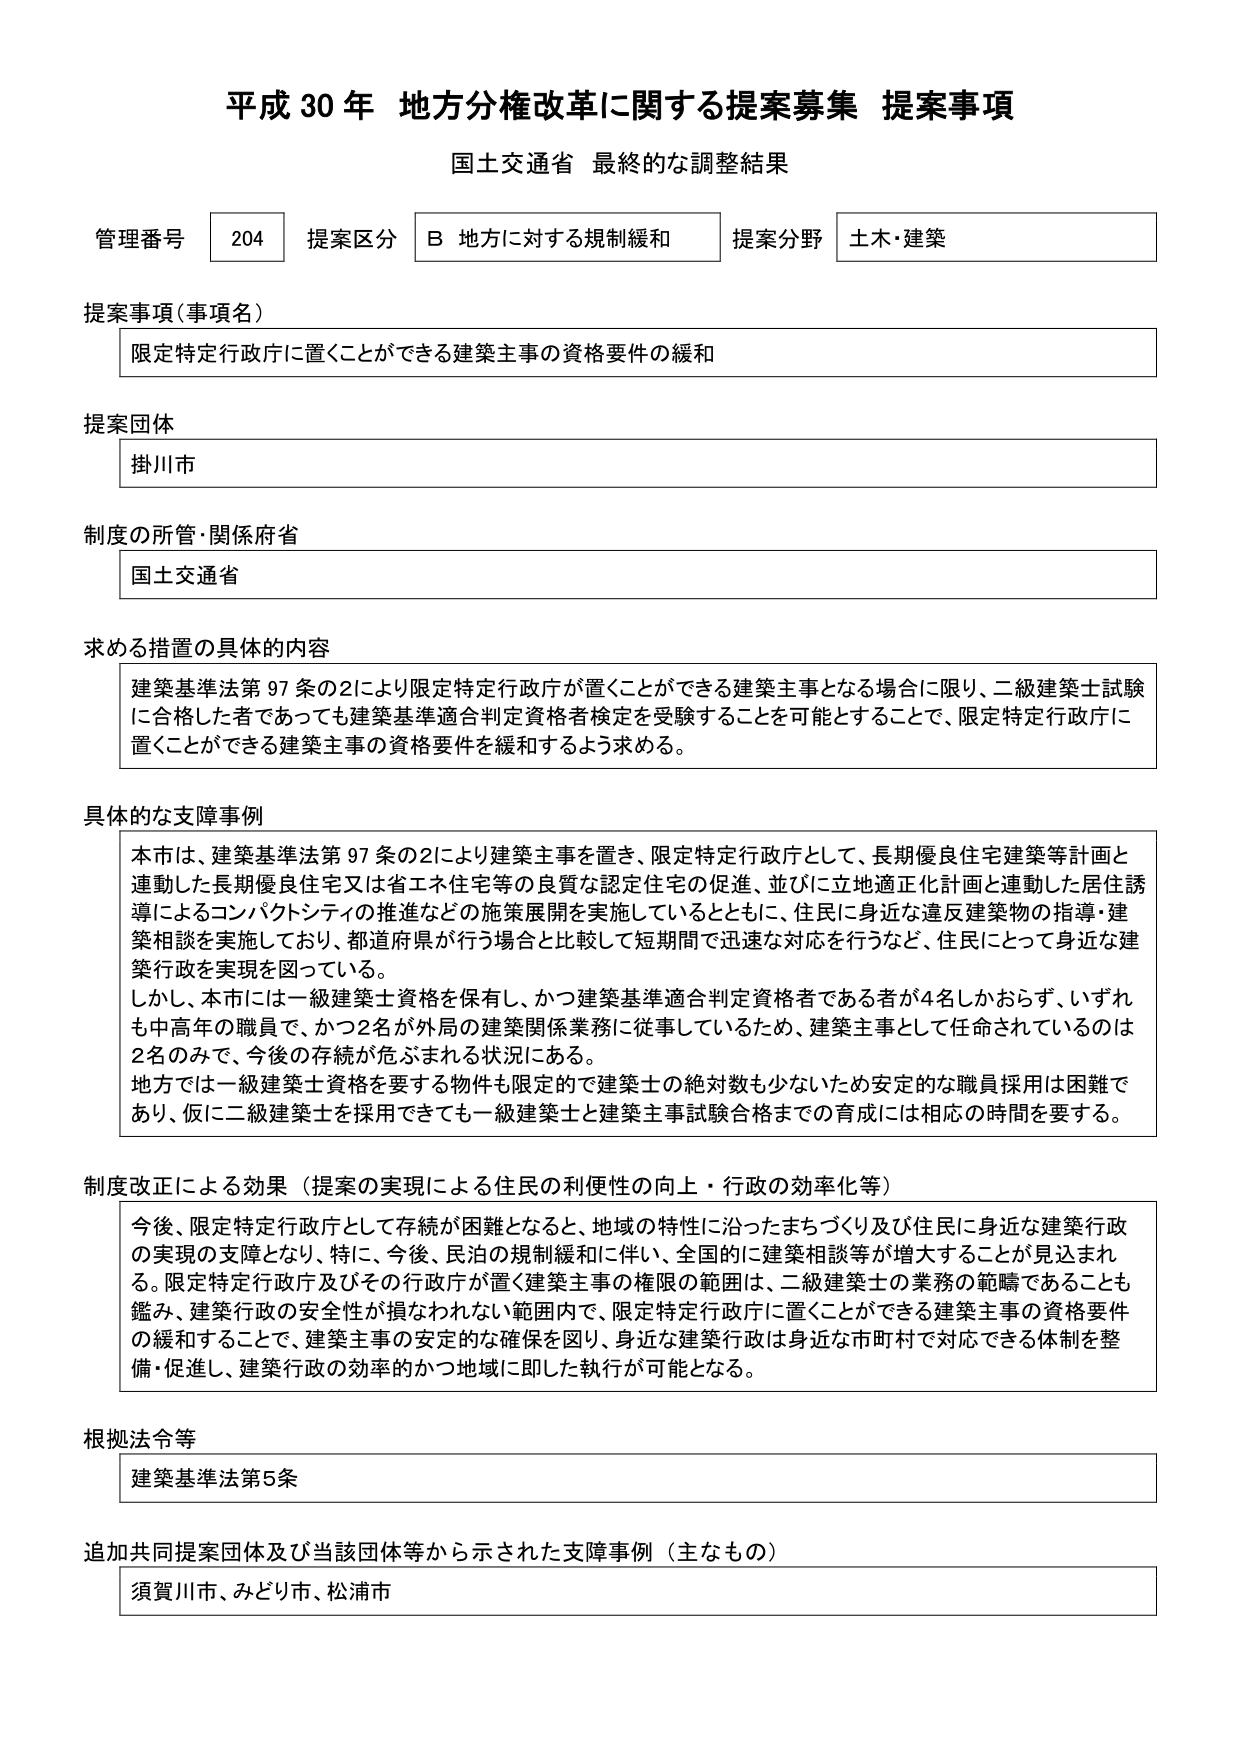
平成30年 地方分権改革に関する提案募集 提案事項
国土交通省 最終的な調整結果

管理番号 204 提案区分 B 地方に対する規制緩和 提案分野 土木・建築

提案事項（事項名）
限定特定行政庁に置くことができる建築主事の資格要件の緩和

提案団体
掛川市

制度の所管・関係府省
国土交通省

求める措置の具体的内容
建築基準法第97条の2により限定特定行政庁が置くことができる建築主事となる場合に限り、二級建築士試験に合格した者であっても建築基準適合判定資格者検定を受験することを可能とすることで、限定特定行政庁に置くことができる建築主事の資格要件を緩和するよう求める。

具体的な支障事例
本市は、建築基準法第97条の2により建築主事を置き、限定特定行政庁として、長期優良住宅建築等計画と連動した長期優良住宅又は省エネ住宅等の良質な認定住宅の促進、並びに立地適正化計画と連動した居住誘導によるコンパクトシティの推進などの施策展開を実施しているとともに、住民に身近な違反建築物の指導・建築相談を実施しており、都道府県が行う場合と比較して短期間で迅速な対応を行うなど、住民にとって身近な建築行政を実現を図っている。
しかし、本市には一級建築士資格を保有し、かつ建築基準適合判定資格者である者が4名しかおらず、いずれも中高年の職員で、かつ2名が外局の建築関係業務に従事しているため、建築主事として任命されているのは2名のみで、今後の存続が危ぶまれる状況にある。
地方では一級建築士資格を要する物件も限定的で建築士の絶対数も少ないため安定的な職員採用は困難であり、仮に二級建築士を採用できても一級建築士と建築主事試験合格までの育成には相応の時間を要する。

制度改正による効果（提案の実現による住民の利便性の向上・行政の効率化等）
今後、限定特定行政庁として存続が困難となると、地域の特性に沿ったまちづくり及び住民に身近な建築行政の実現の支障となり、特に、今後、民泊の規制緩和に伴い、全国的に建築相談等が増大することが見込まれる。限定特定行政庁及びその行政庁が置く建築主事の権限の範囲は、二級建築士の業務の範疇であることも鑑み、建築行政の安全性が損なわれない範囲内で、限定特定行政庁に置くことができる建築主事の資格要件の緩和することで、建築主事の安定的な確保を図り、身近な建築行政は身近な市町村で対応できる体制を整備・促進し、建築行政の効率的かつ地域に即した執行が可能となる。

根拠法令等
建築基準法第5条

追加共同提案団体及び当該団体等から示された支障事例（主なもの）
須賀川市、みどり市、松浦市